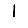
Digit: 1